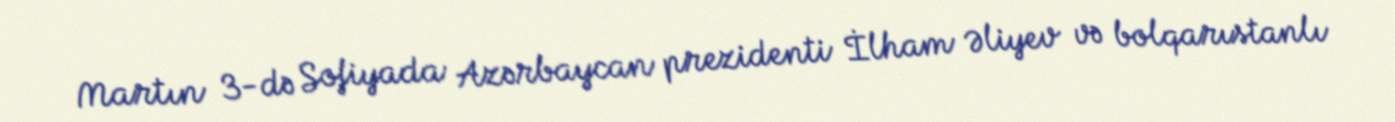
Martın 3-də Sofiyada Azərbaycan prezidenti İlham Əliyev və bolqarıstanlı